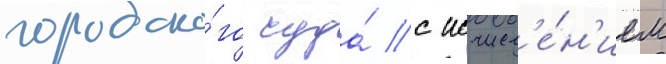
городско́го суда́ с исчисл'е́н'ием